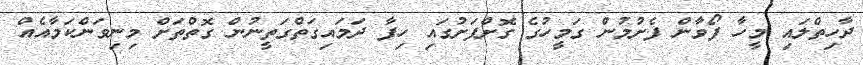
ދާހިތްލައި މީހާ ފޯވާން ފެށުމުން ގަމީހުގެ ގޮށްފަށުގައި ހިފާ ދަމައިގަތްގަތީނުން ގޮތްތަށް މިނިވަންކަމާއެއް